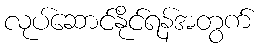
လုပ်ဆောင်နိုင်ရန်အတွက်